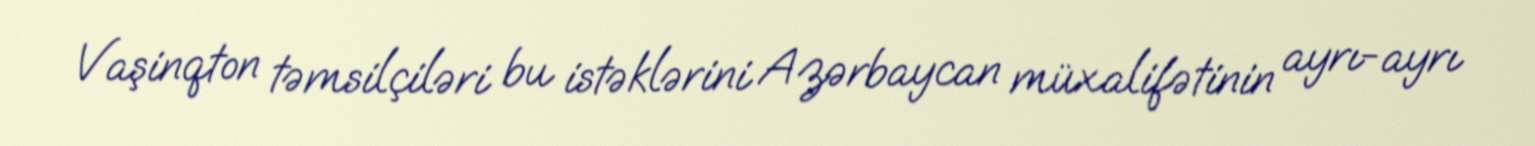
Vaşinqton təmsilçiləri bu istəklərini Azərbaycan müxalifətinin ayrı-ayrı